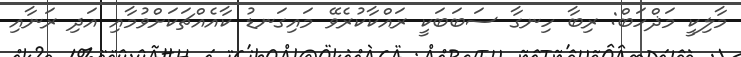
މާލިކީ މަޛްހަބް: ރިބާ ހިނގާ ސަބަބަކީ ރައްކާކުރެވޭ މައިގަނޑު ކާއެއްޗަކަށްވުމާއި އަދި ރަނާއި